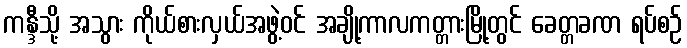
ကန္ဒီသို့ အသွား ကိုယ်စားလှယ်အဖွဲ့ဝင် အချို့ကာလကတ္တားမြို့တွင် ခေတ္တခဏ ရပ်စဉ်